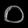
Digit: ၀